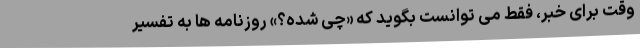
وقت برای خبر، فقط می توانست بگوید که «چی شده؟» روزنامه ها به تفسیر